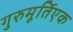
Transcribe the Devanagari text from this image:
गुरुमूर्तिएक